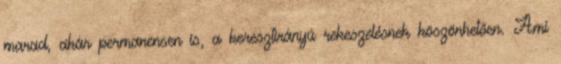
marad, akár permanensen is, a keresztirányú rekeszelésnek köszönhetően. Ami